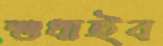
শুধাইব